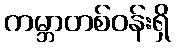
ကမ္ဘာတစ်ဝန်းရှိ